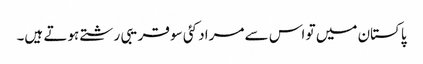
پاکستان میں تو اس سے مراد کئی سو قریبی رشتے ہوتے ہیں۔